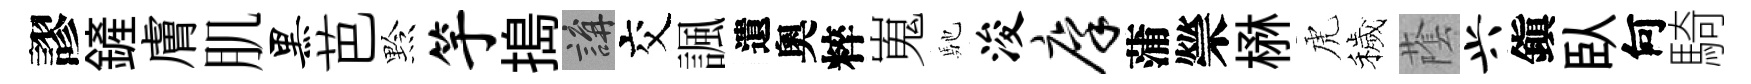
謬鏟膚肌黑芭黔竽搗講交諷遺奧粹嵬馳浚廪蒲禜楙虎穢䕃兴鎭臥何騎